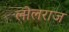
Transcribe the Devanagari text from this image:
लोलराज